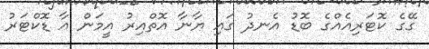
ގޭގެ ކޮޓަރިއެއްގެ ބޮޑު އެނދު ގައި ޔާނާ އޮތްއިރު އީމަން އާ ޑޮކްޓަރު